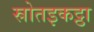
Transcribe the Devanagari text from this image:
स्रोतइकट्ठा